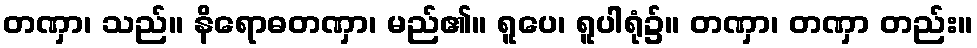
တဏှာ၊ သည်။ နိရောဓတဏှာ၊ မည်၏။ ရူပေ၊ ရူပါရုံ၌။ တဏှာ၊ တဏှာ တည်း။